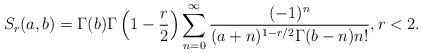
LaTeX: \begin{align*}S_r(a,b)=\Gamma(b)\Gamma\left(1-\frac{r}{2}\right)\sum_{n=0}^\infty\frac{(-1)^n}{(a+n)^{1-r/2}\Gamma(b-n) n!},r<2.\end{align*}